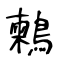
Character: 鶫